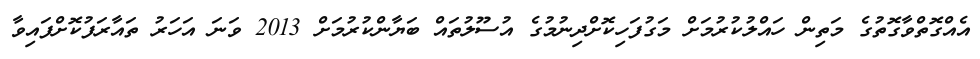
އެއްގޮތްވާގޮތުގެ މަތިން ހައްލުކުރުމަށް މަގުފަހިކޮށްދިނުމުގެ އުސޫލުތައް ބަޔާންކުރުމަށް 2013 ވަނަ އަހަރު ތައާރަފުކޮށްފައިވާ